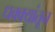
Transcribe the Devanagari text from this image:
धक्क्यांतून